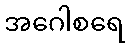
အဂေါစရေ